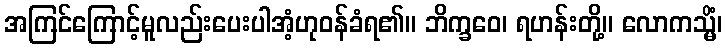
အကြင်ကြောင့်မူလည်းပေးပါအံ့ဟုဝန်ခံရ၏။ ဘိက္ခဝေ၊ ရဟန်းတို့။ လောကသ္မိံ၊